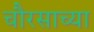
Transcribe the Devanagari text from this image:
चौरसाच्या